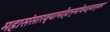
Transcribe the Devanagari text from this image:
महासंसारव्यामोहान्मोचयत्याश्‍वयं